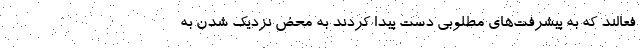
فعالند که به پیشرفت‌های مطلوبی دست پیدا کردند به محض نزدیک شدن به